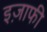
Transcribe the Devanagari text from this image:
इज़ाफी